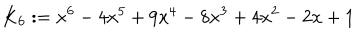
K _ { 6 } : = x ^ { 6 } - 4 x ^ { 5 } + 9 x ^ { 4 } - 8 x ^ { 3 } + 4 x ^ { 2 } - 2 x + 1